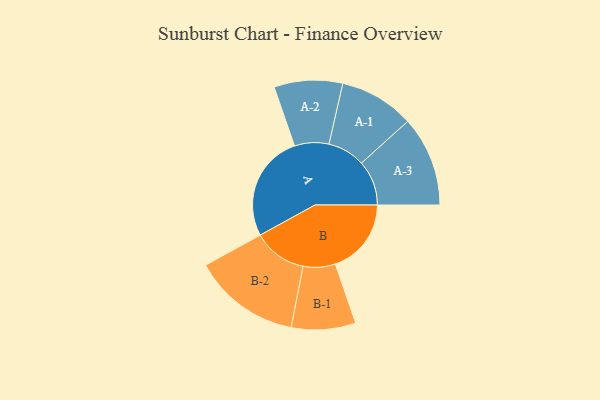
{"axis": {"x": "Segment", "y": "Value"}, "legend": ["", "A", "B"], "data": [{"x": "A", "y": 455, "type": ""}, {"x": "B", "y": 324, "type": ""}, {"x": "A-1", "y": 160, "type": "A"}, {"x": "A-2", "y": 146, "type": "A"}, {"x": "A-3", "y": 192, "type": "A"}, {"x": "B-1", "y": 137, "type": "B"}, {"x": "B-2", "y": 229, "type": "B"}]}